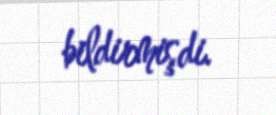
bildirmişdi.